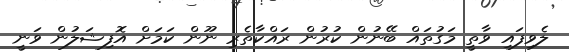
ލެވިފައި ވާތީ މަގުތައް ބޭނުން ކުރުން ރައްކާތެރި ނޫން ކަމަށް އޮފިޝަލުން ވަނީ